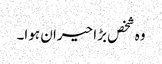
وہ شخص بڑا حیران ہوا۔